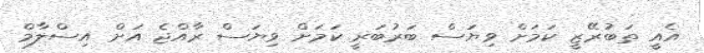
އެއީ ތަބުރޭޒީ ކަމަށް ވިޔަސް ބަރުބަރީ ކަމަށް ވިޔަސް ރާއްޖެ އަށް އިސްލާމް